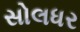
સોલધર